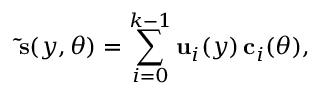
\mathbf { \tilde { s } } ( y , \theta ) = \sum _ { i = 0 } ^ { k - 1 } \mathbf { u } _ { i } ( y ) \, \mathbf { c } _ { i } ( \theta ) ,